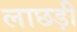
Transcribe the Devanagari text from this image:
लाछड़ी